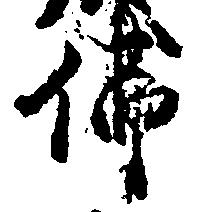
仏